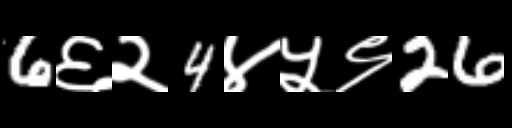
Text: 6६२4४५९26